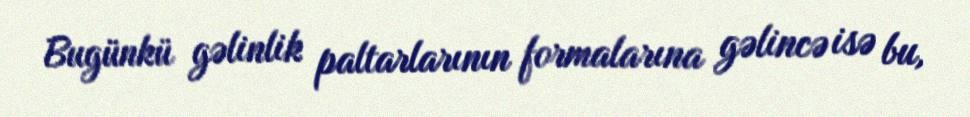
Bugünkü gəlinlik paltarlarının formalarına gəlincə isə bu,